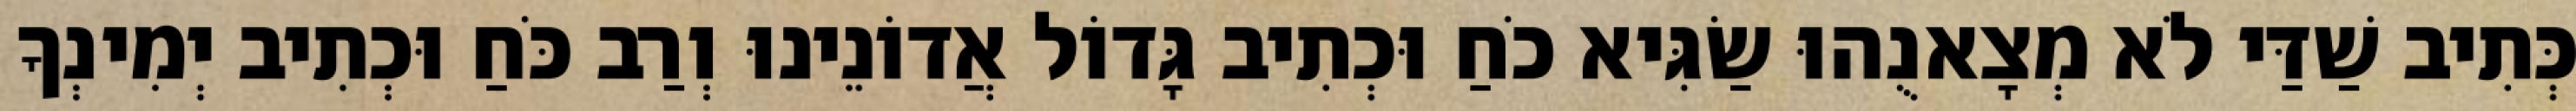
כְּתִיב שַׁדַּי לֹא מְצָאנֻהוּ שַׂגִּיא כֹחַ וּכְתִיב גָּדוֹל אֲדוֹנֵינוּ וְרַב כֹּחַ וּכְתִיב יְמִינְךָ